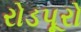
રોડપૂરો